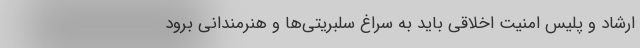
ارشاد و پلیس امنیت اخلاقی باید به سراغ سلبریتی‌ها و هنرمندانی برود